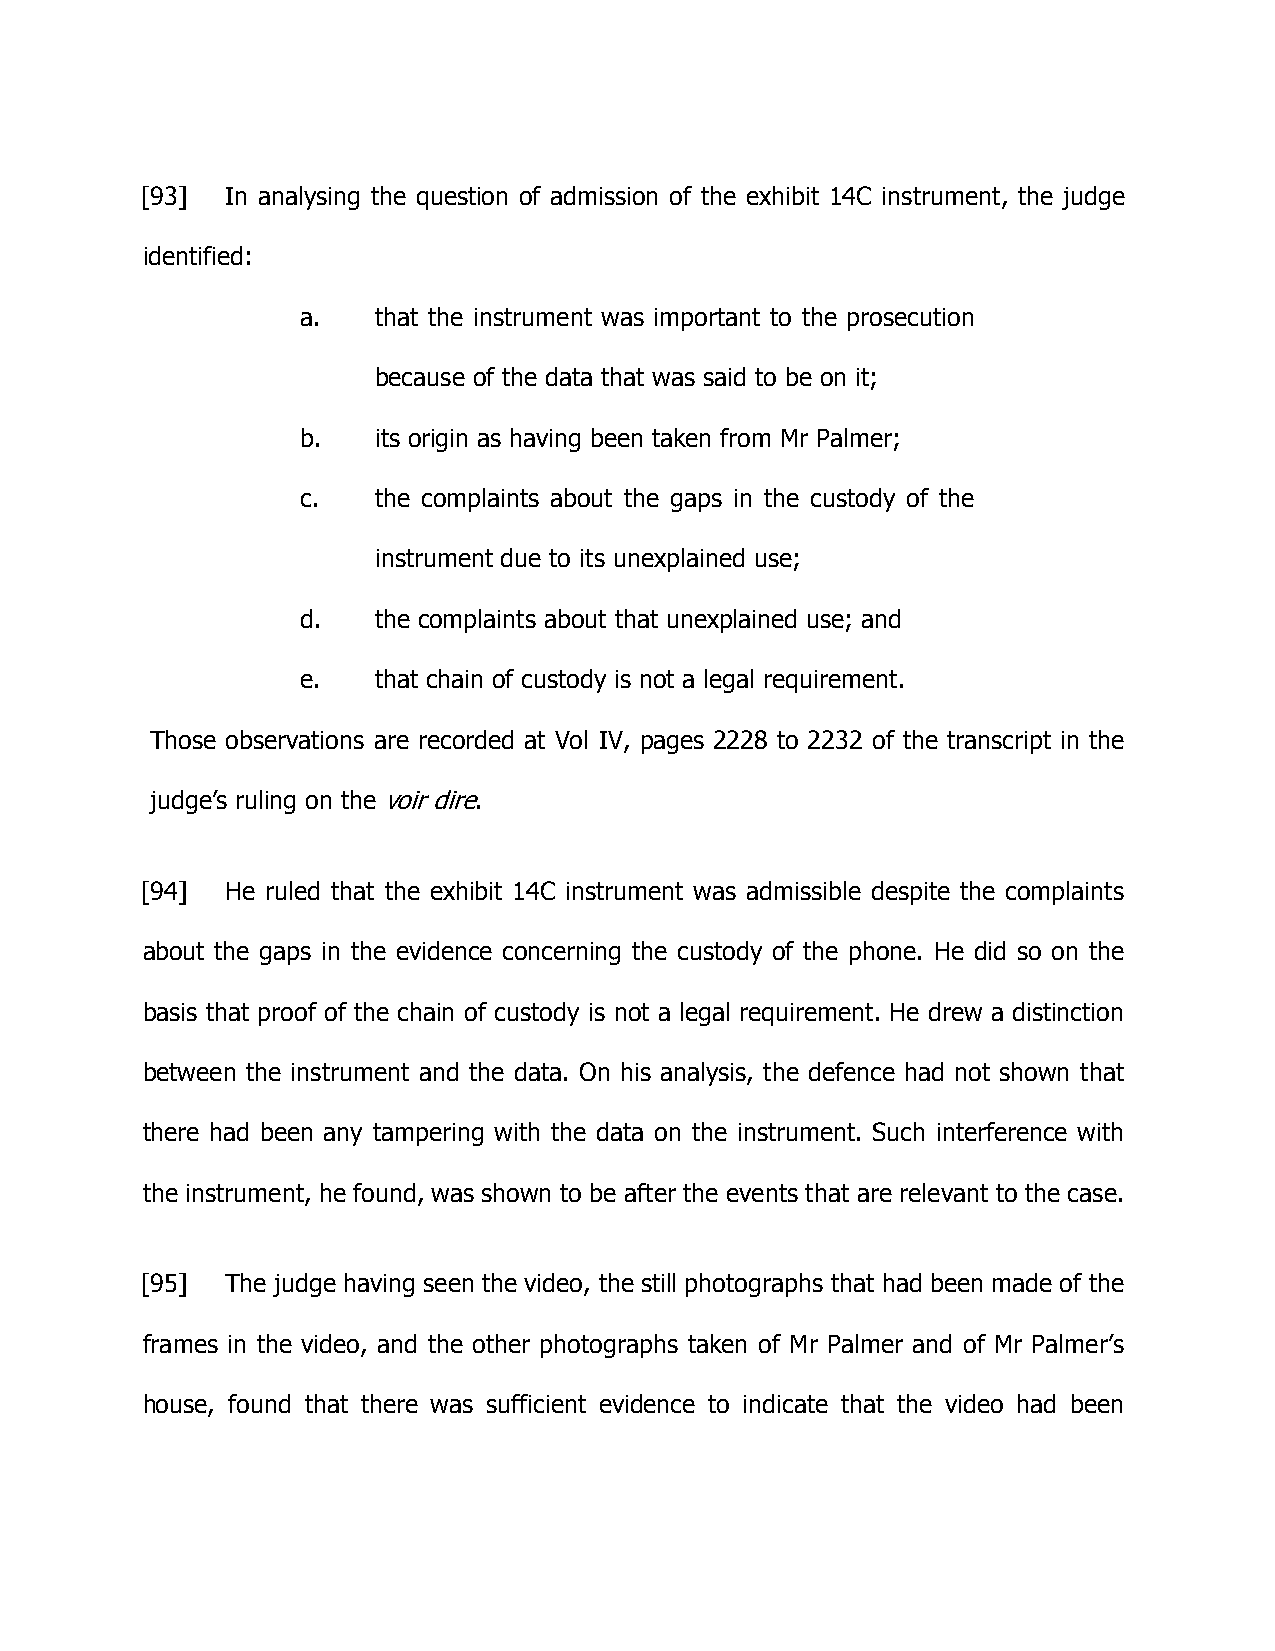
[93]  In analysing the question of admission of the exhibit 14C instrument, the judge
 identified:
 a.   that the instrument was important to the prosecution
 because of the data that was said to be on it;
 b.   its origin as having been taken from Mr Palmer;
 c.   the complaints about the gaps in the custody of the
 instrument due to its unexplained use;
 d.   the complaints about that unexplained use; and
 e.   that chain of custody is not a legal requirement.
 Those observations are recorded at Vol IV, pages 2228 to 2232 of the transcript in the
 judge’s ruling on the voir dire.
 [94]  He ruled that the exhibit 14C instrument was admissible despite the complaints
 about the gaps in the evidence concerning the custody of the phone. He did so on the
 basis that proof of the chain of custody is not a legal requirement. He drew a distinction
 between the instrument and the data. On his analysis, the defence had not shown that
 there had been any tampering with the data on the instrument. Such interference with
 the instrument, he found, was shown to be after the events that are relevant to the case.
 [95]  The judge having seen the video, the still photographs that had been made of the
 frames in the video, and the other photographs taken of Mr Palmer and of Mr Palmer’s
 house, found that there was sufficient evidence to indicate that the video had been